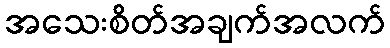
အသေးစိတ်အချက်အလက်